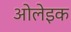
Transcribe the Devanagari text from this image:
ओलेइक